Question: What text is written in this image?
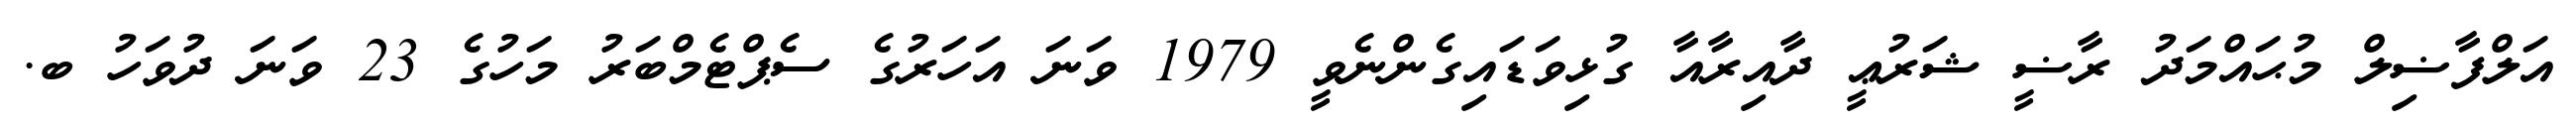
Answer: އަލްފާޟިލް މުޙައްމަދު ރާޟީ ޝަރުޢީ ދާއިރާއާ ގުޅިވަޑައިގެންނެވީ 1979 ވަނަ އަހަރުގެ ސެޕްޓެމްބަރު މަހުގެ 23 ވަނަ ދުވަހު ބ.